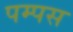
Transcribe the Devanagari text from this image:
पम्पस